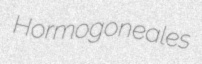
Hormogoneales